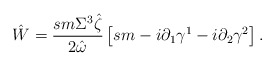
\begin{align*}\hat{W}=\frac{sm\Sigma^3\hat{\zeta}}{2\hat{\omega}}\left[sm-i\partial _1\gamma^1-i\partial_2 \gamma^2 \right].\end{align*}